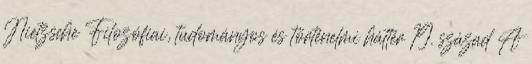
Nietzsche Filozófiai, tudományos és történelmi háttér 19. század A